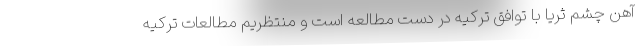
آهن چشم ثریا با توافق ترکیه در دست مطالعه است و منتظریم مطالعات ترکیه